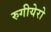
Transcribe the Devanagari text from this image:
रुगीयेरो